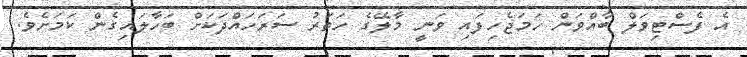
އެ ފެސްޓިވަލް ބާއްވަން ހަމަޖެހިފައި ވަނީ މާލޭގެ ހަތަރު ސަރަހައްދަކަށް ބަހާލައިގެން ކަމަށެވެ.